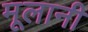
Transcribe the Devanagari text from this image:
मूलानी